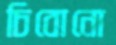
চিবোনো